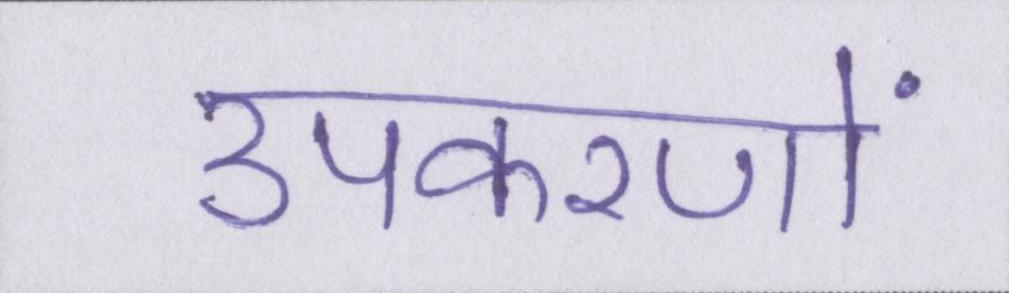
उपकरणों